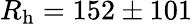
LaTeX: R_{\mathrm{h}}=152\pm 101